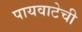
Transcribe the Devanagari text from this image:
पायवाटेची